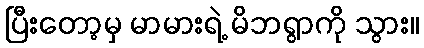
ပြီးတော့မှ မာမားရဲ့ မိဘရွာကို သွား။